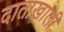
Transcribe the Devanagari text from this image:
दाताखाली